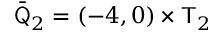
\bar { \mathsf Q } _ { 2 } = ( - 4 , 0 ) \times \mathsf T _ { 2 }